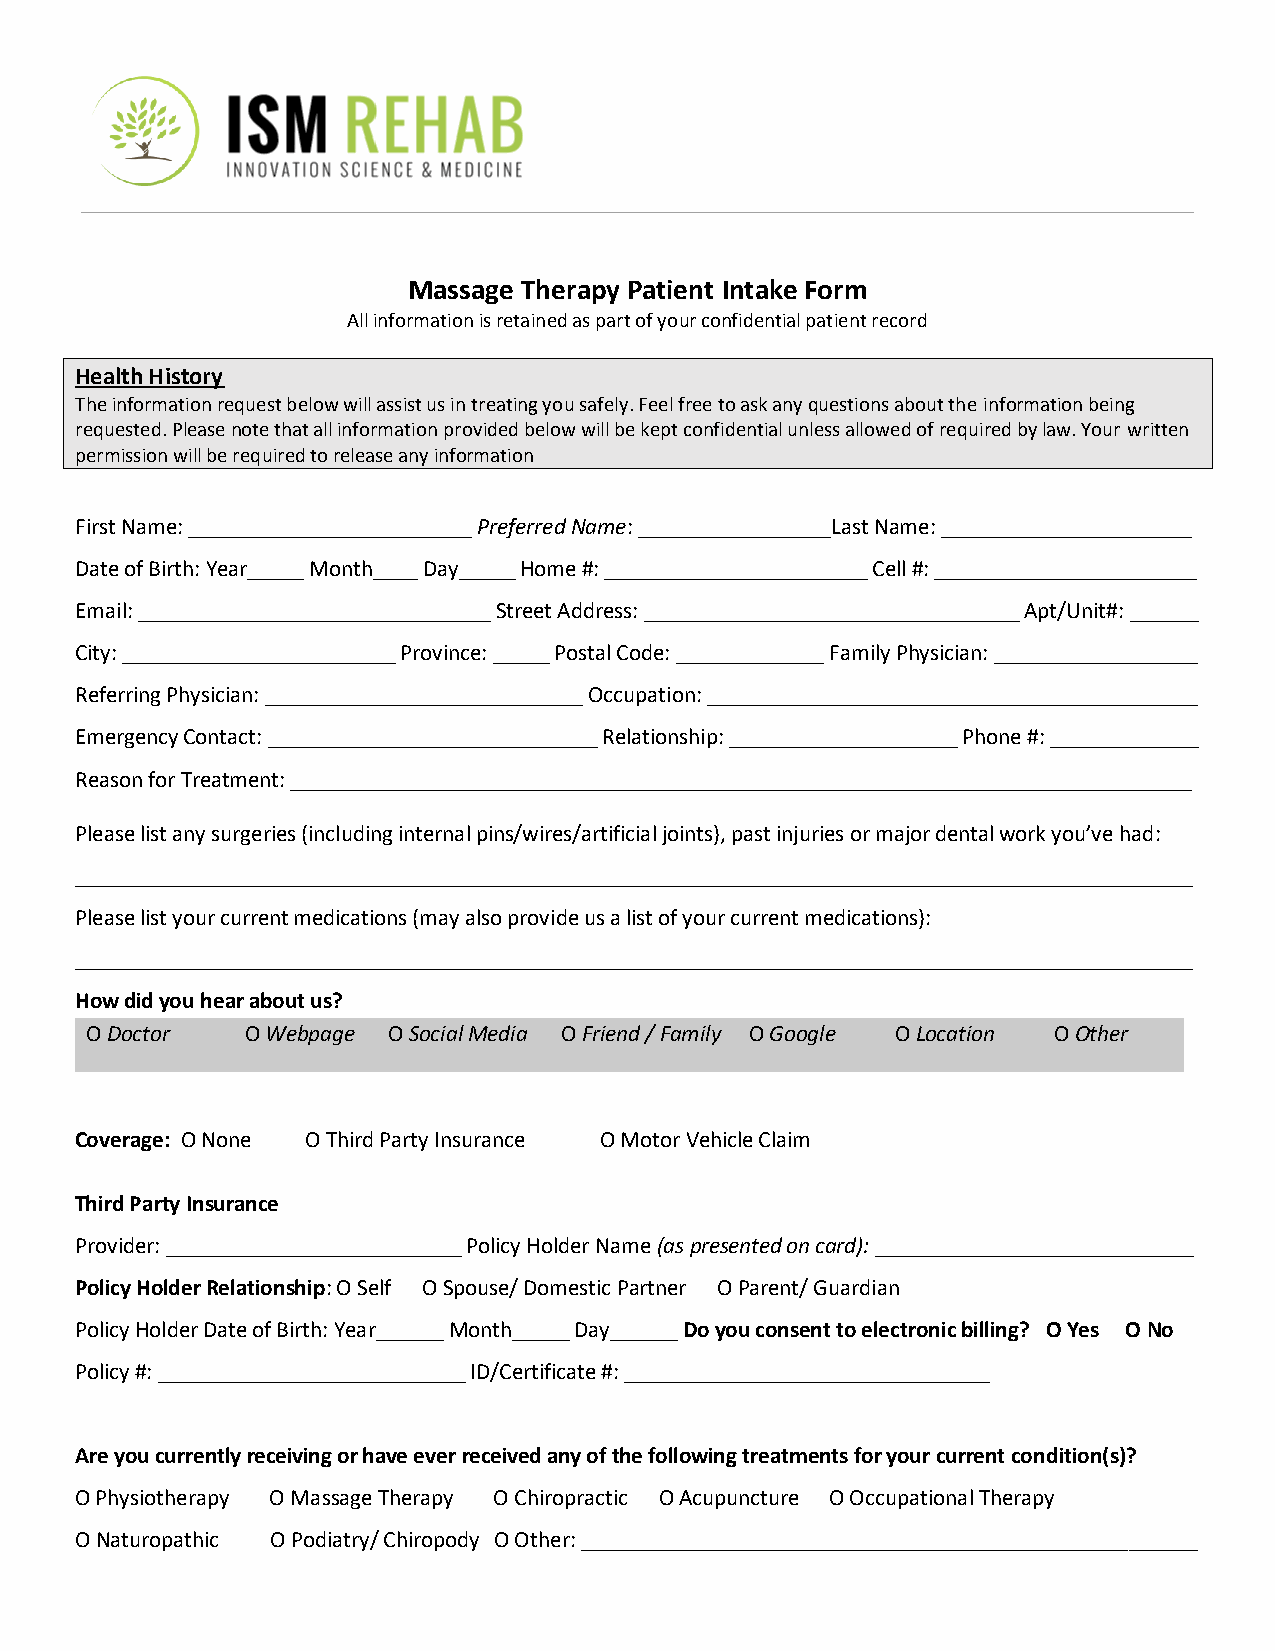
Massage Therapy Patient Intake Form
 All information is retained as part of your confidential patient record
 Health History
 The information request below will assist us in treating you safely. Feel free to ask any questions about the information being
 requested. Please note that all information provided below will be kept confidential unless allowed of required by law. Your written
 permission will be required to release any information
 First Name: _________________________ Preferred Name: _________________Last Name: ______________________
 Date of Birth: Year_____ Month____ Day_____ Home #: _______________________ Cell #: _______________________
 Email: _______________________________ Street Address: _________________________________ Apt/Unit#: ______
 City: ________________________ Province: _____ Postal Code: _____________ Family Physician: __________________
 Referring Physician: ____________________________ Occupation: ___________________________________________
 Emergency Contact: _____________________________ Relationship: ____________________ Phone #: _____________
 Reason for Treatment: _______________________________________________________________________________
 Please list any surgeries (including internal pins/wires/artificial joints), past injuries or major dental work you’ve had:
 __________________________________________________________________________________________________
 Please list your current medications (may also provide us a list of your current medications):
 __________________________________________________________________________________________________
 How did you hear about us?
 O Doctor  O Webpage O Social Media O Friend / Family O Google O Location O Other
 Coverage: O None O Third Party Insurance O Motor Vehicle Claim
 Third Party Insurance
 Provider: __________________________ Policy Holder Name (as presented on card): ____________________________
 Policy Holder Relationship: O Self O Spouse/ Domestic Partner O Parent/ Guardian
 Policy Holder Date of Birth: Year______ Month_____ Day______ Do you consent to electronic billing? O Yes O No
 Policy #: ___________________________ ID/Certificate #: ________________________________
 Are you currently receiving or have ever received any of the following treatments for your current condition(s)?
 O Physiotherapy O Massage Therapy O Chiropractic O Acupuncture O Occupational Therapy
 O Naturopathic O Podiatry/ Chiropody O Other: ______________________________________________________